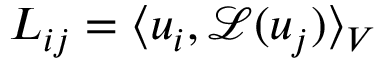
\boldsymbol { L } _ { i j } = \langle \boldsymbol { u } _ { i } , \boldsymbol { \mathcal { L } } ( \boldsymbol { u } _ { j } ) \rangle _ { V }